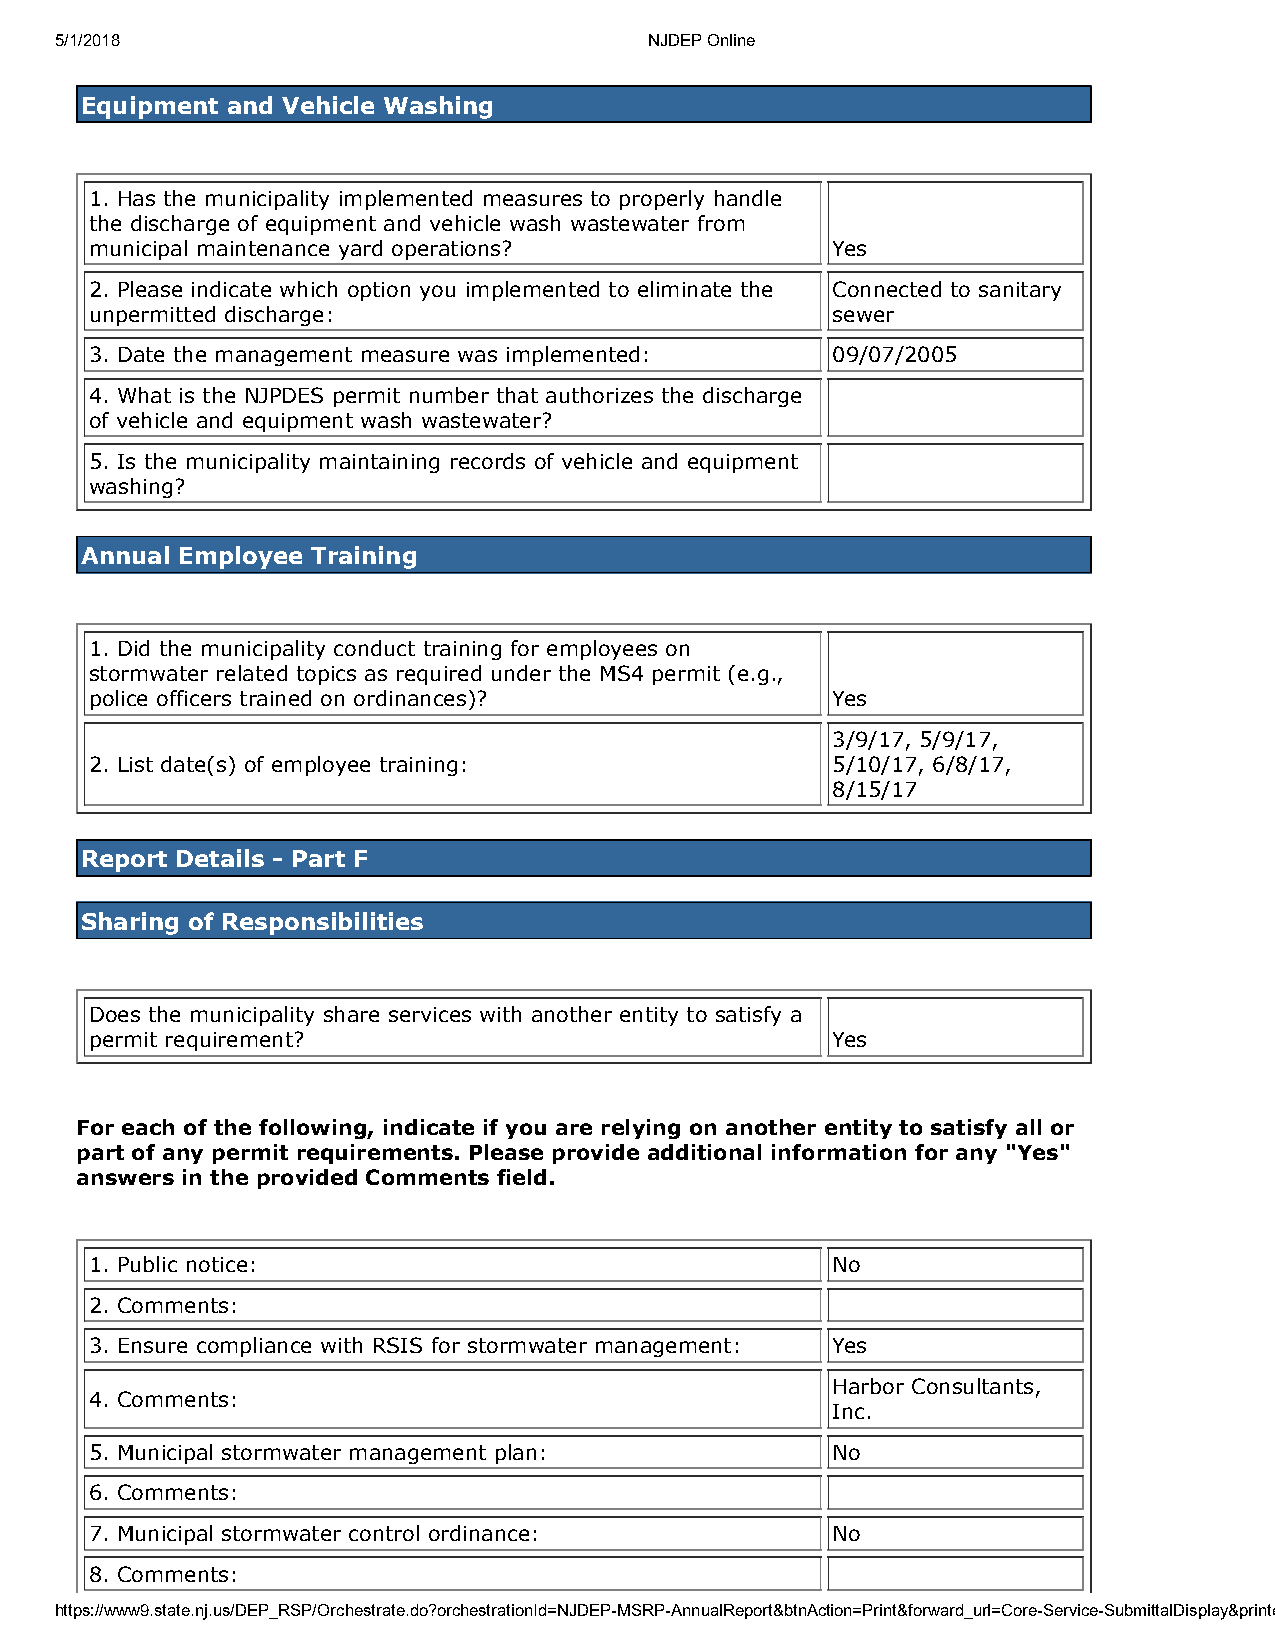
5/1/2018                               NJDEP Online
 Equipment and Vehicle Washing
 1. Has the municipality implemented measures to properly handle
 the discharge of equipment and vehicle wash wastewater from
 municipal maintenance yard operations?           Yes
 2. Please indicate which option you implemented to eliminate the Connected to sanitary
 unpermitted discharge:                           sewer
 3. Date the management measure was implemented:  09/07/2005
 4. What is the NJPDES permit number that authorizes the discharge
 of vehicle and equipment wash wastewater?
 5. Is the municipality maintaining records of vehicle and equipment
 washing?
 Annual Employee Training
 1. Did the municipality conduct training for employees on
 stormwater related topics as required under the MS4 permit (e.g.,
 police officers trained on ordinances)?          Yes
 3/9/17, 5/9/17,
 2. List date(s) of employee training:            5/10/17, 6/8/17,
 8/15/17
 Report Details - Part F
 Sharing of Responsibilities
 Does the municipality share services with another entity to satisfy a
 permit requirement?                              Yes
 For each of the following, indicate if you are relying on another entity to satisfy all or
 part of any permit requirements. Please provide additional information for any "Yes"
 answers in the provided Comments field.
 1. Public notice:                                No
 2. Comments:
 3. Ensure compliance with RSIS for stormwater management: Yes
 Harbor Consultants,
 4. Comments:
 Inc.
 5. Municipal stormwater management plan:         No
 6. Comments:
 7. Municipal stormwater control ordinance:       No
 8. Comments:
 https://www9.state.nj.us/DEP_RSP/Orchestrate.do?orchestrationId=NJDEP-MSRP-AnnualReport&btnAction=Print&forward_url=Core-Service-SubmittalDisplay&printe